Document type: Barter
Year: 1304
Scribe: Pere Pometa
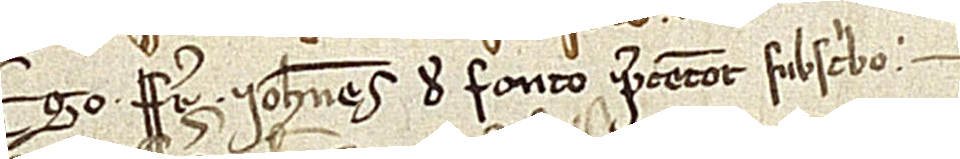
Ego frater Iohannes de Fonto, precentor, subscribo.